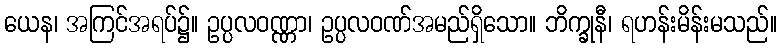
ယေန၊ အကြင်အရပ်၌။ ဥပ္ပလဝဏ္ဏာ၊ ဥပ္ပလဝဏ်အမည်ရှိသော။ ဘိက္ခုနီ၊ ရဟန်းမိန်းမသည်။